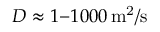
D \approx 1 { - } 1 0 0 0 \, \mathrm { m ^ { 2 } / s }